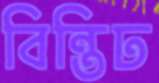
বিন্তিঢ